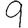
Digit: 9